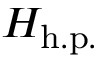
H _ { \mathrm { h . p . } }